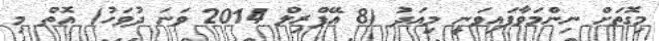
މިގޮތަށް ނިންމަވާފައިވަނީ މިއަދު (8 އޭޕްރިލް 2014 ވަނަ ދުވަހު) އޮތް މި